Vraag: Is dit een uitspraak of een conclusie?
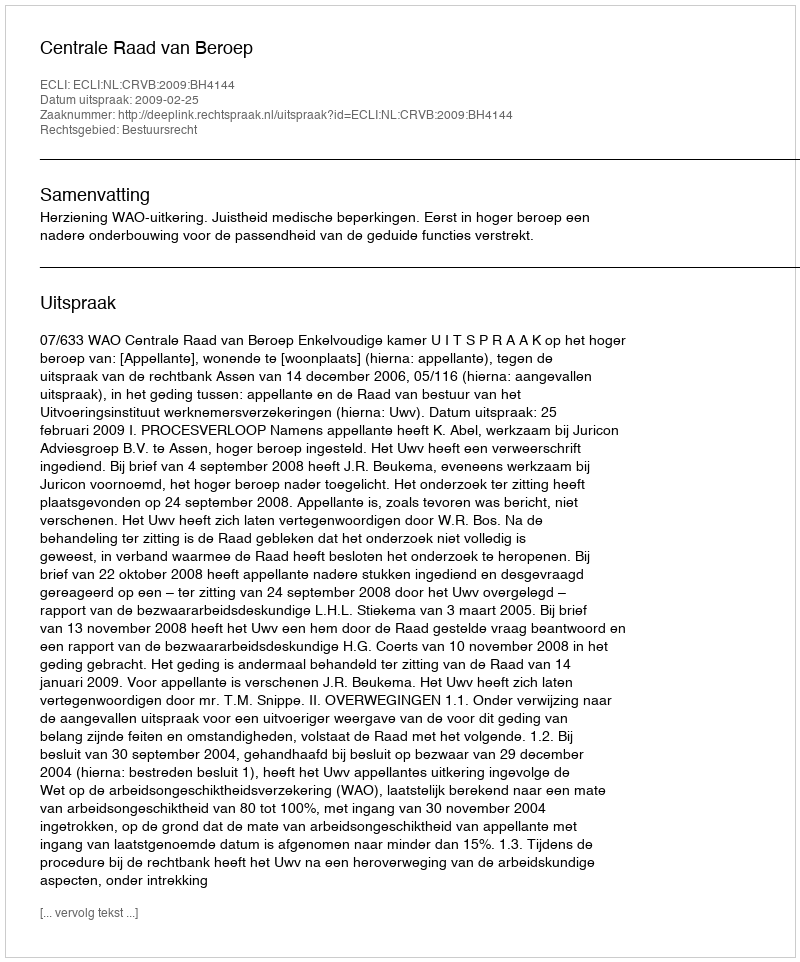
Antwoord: Uitspraak